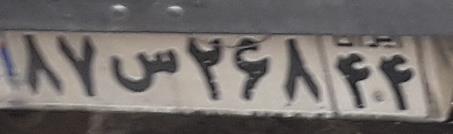
۸۷س۲۶۸۴۴